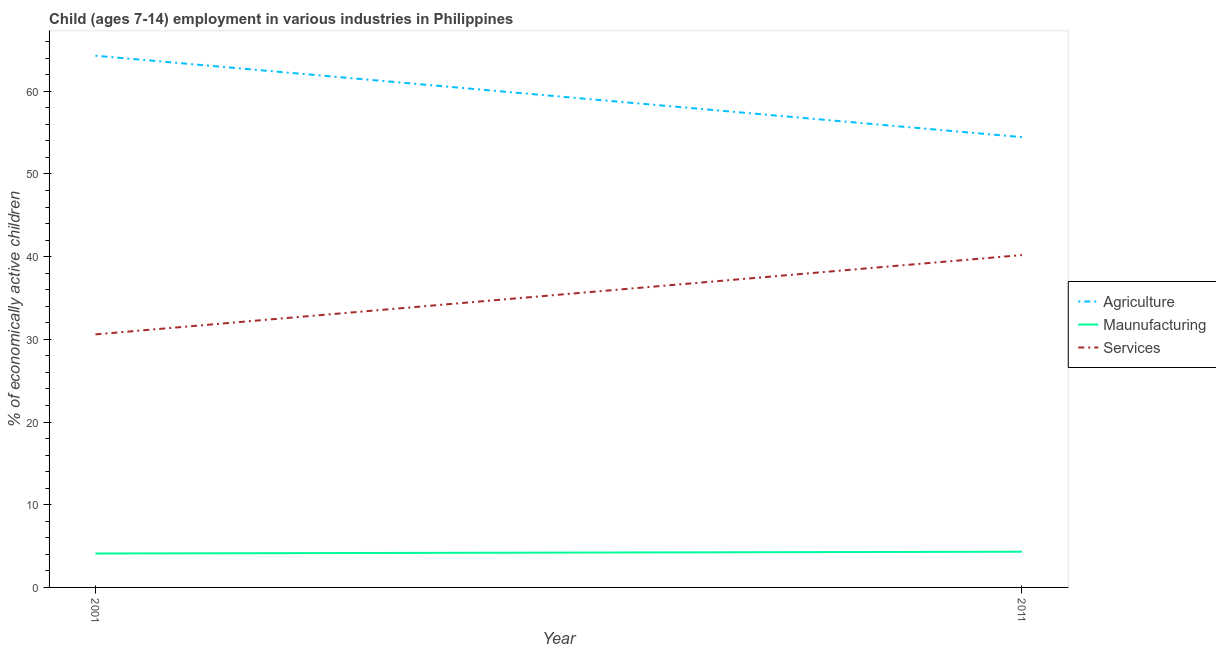
| Year | Agriculture | Maunufacturing | Services |
 | --- | --- | --- | --- |
 | 2001 | 64.3 | 4.1 | 30.6 |
 | 2011 | 54.5 | 4.32 | 40.2 |